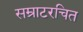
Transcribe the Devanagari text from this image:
सम्राटरचित